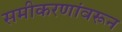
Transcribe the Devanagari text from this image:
समीकरणांवरून